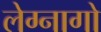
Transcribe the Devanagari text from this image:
लेग्नागो